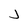
Character: j